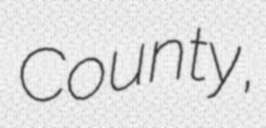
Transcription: County,